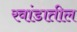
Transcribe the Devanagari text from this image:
रवांडातील